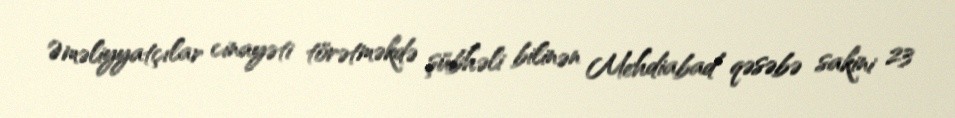
Əməliyyatçılar cinayəti törətməkdə şübhəli bilinən Mehdiabad qəsəbə sakini 23